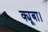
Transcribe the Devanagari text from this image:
क्यूबा।